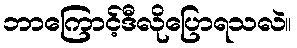
ဘာကြောင့်ဒီလိုပြောရသလဲ။